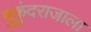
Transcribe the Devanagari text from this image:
मुकुंदराजाला